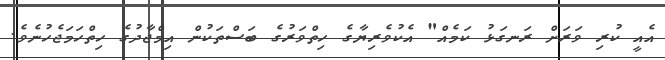
އެއީ ކުރި ވަރަށް ރަނގަޅު ކަމެއް" އެކުވެރިޔާގެ ހިތްވަރުގެ ބަސްތަކުން އިމްޖާދުގެ ހިތްހަމަޖެހުނެވެ.